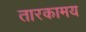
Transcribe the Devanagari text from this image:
तारकामय